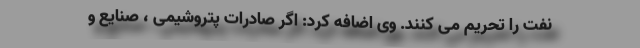
نفت را تحریم می کنند. وی اضافه کرد: اگر صادرات پتروشیمی ، صنایع و